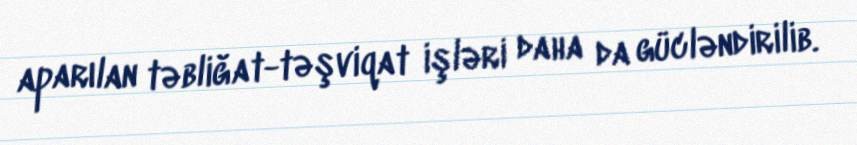
aparılan təbliğat-təşviqat işləri daha da gücləndirilib.